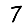
Digit: 7